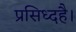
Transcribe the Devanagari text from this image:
प्रसिध्दहै।